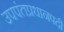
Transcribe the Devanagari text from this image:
उपपंतप्रधानपदी